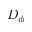
D _ { \phi }